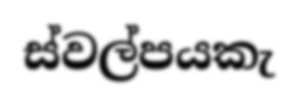
ස්වල්පයකැ